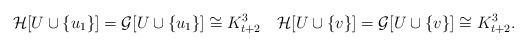
LaTeX: \begin{align*}\mathcal{H}[U\cup \{u_1\}] = \mathcal{G}[U\cup \{u_1\}] \cong K_{t+2}^{3}\quad\mathcal{H}[U\cup \{v\}] = \mathcal{G}[U\cup \{v\}] \cong K_{t+2}^{3}. \end{align*}